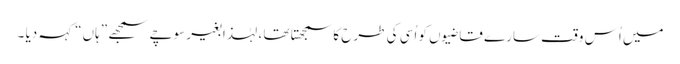
میں اُس وقت سارے قاضیوں کو اُسی کی طرح کاسمجھتا تھا ، لہٰذا بغیر سوچے سمجھے ”ہاں“ کہہ دیا ۔